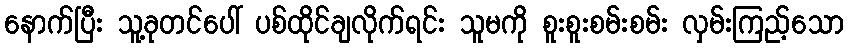
နောက်ပြီး သူ့ခုတင်ပေါ် ပစ်ထိုင်ချလိုက်ရင်း သူမကို စူးစူးစမ်းစမ်း လှမ်းကြည့်သော